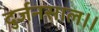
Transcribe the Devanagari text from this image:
दुर्जनसाल।।